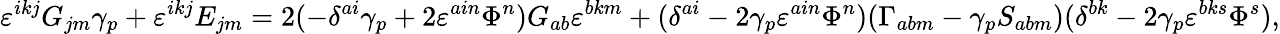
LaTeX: \varepsilon^{ikj}G_{jm}\gamma_{p}+\varepsilon^{ikj}E_{jm}=2(-\delta^{ai}\gamma_{p}+2\varepsilon^{ain}\Phi^{n})G_{ab}\varepsilon^{bkm}+(\delta^{ai}-2\gamma_{p}\varepsilon^{ain}\Phi^{n})(\Gamma_{abm}-\gamma_{p}S_{abm})(\delta^{bk}-2\gamma_{p}\varepsilon^{bks}\Phi^{s}),